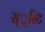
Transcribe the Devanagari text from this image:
स्ृस्टि